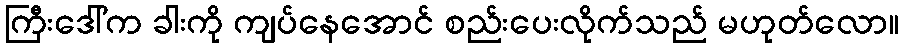
ကြီးဒေါ်က ခါးကို ကျပ်နေအောင် စည်းပေးလိုက်သည် မဟုတ်လော။